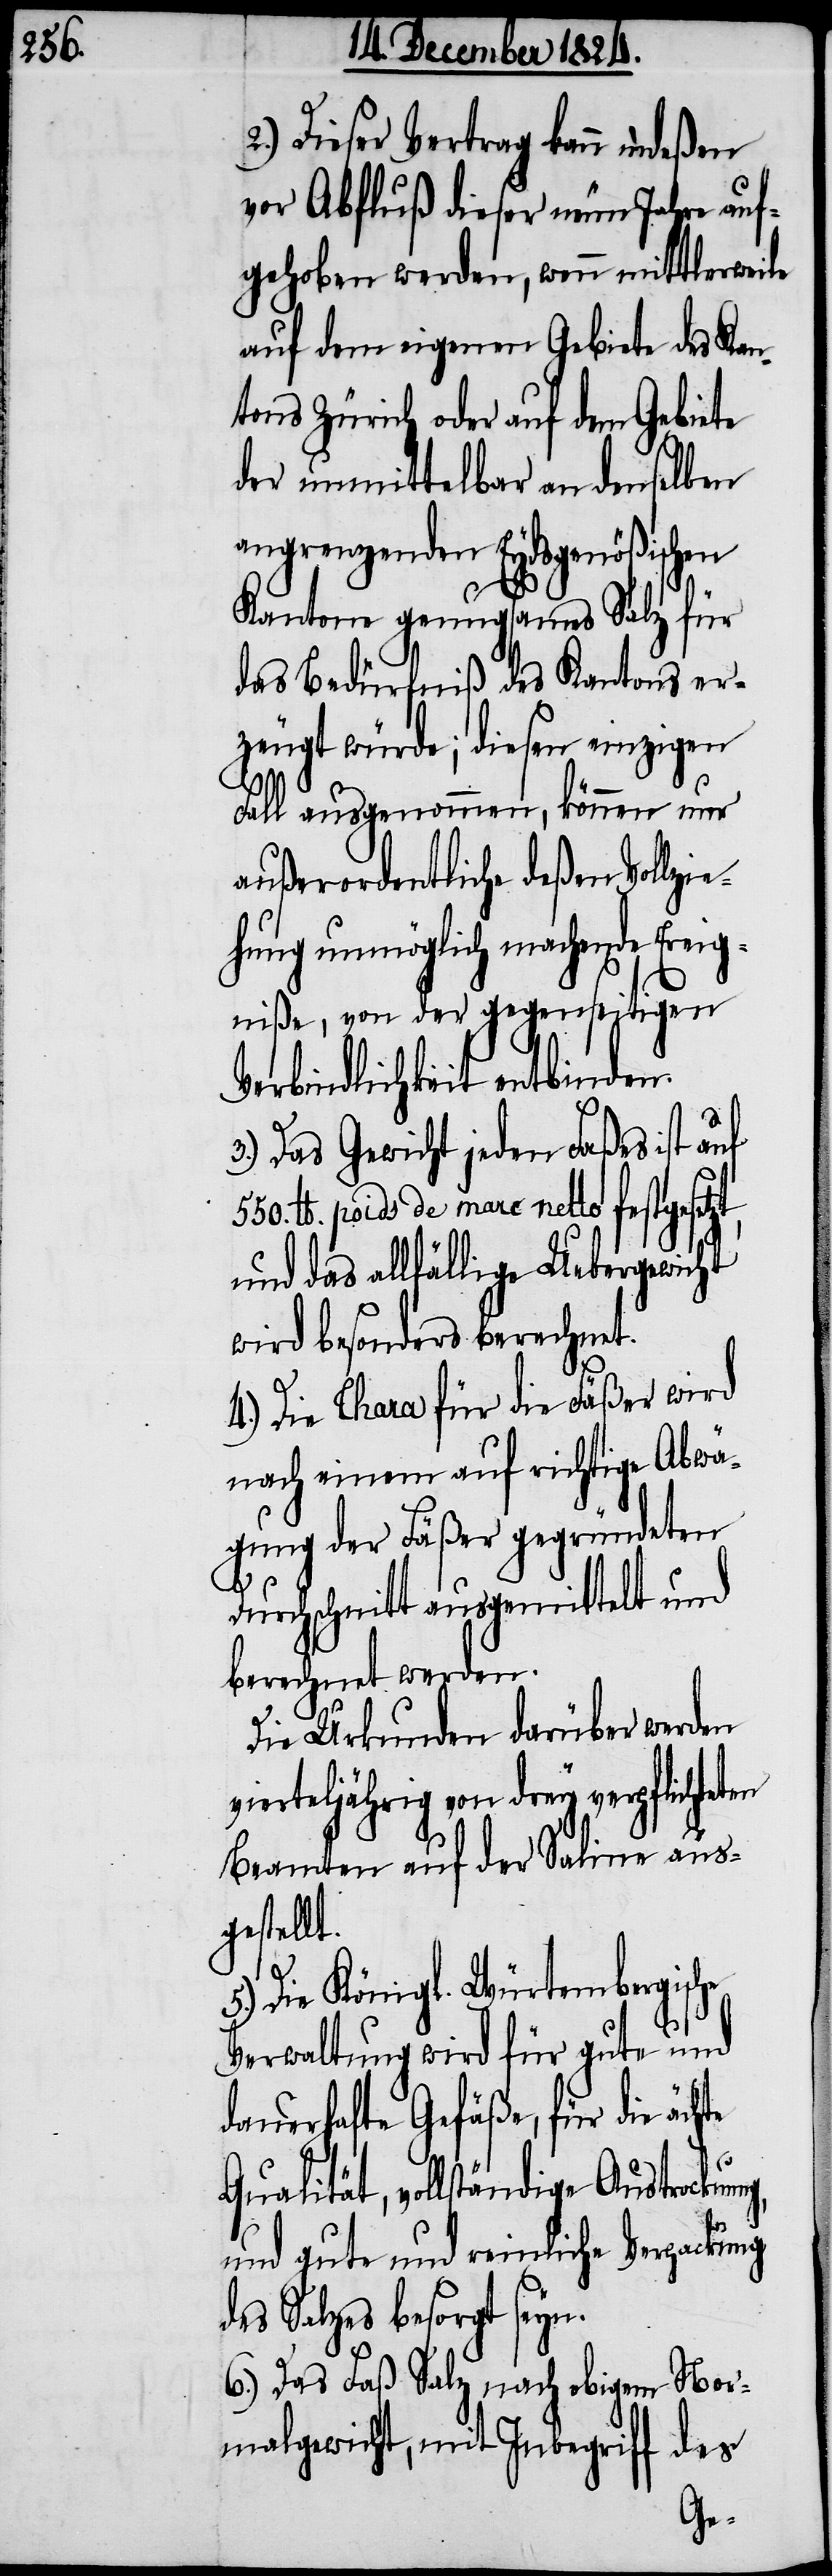
2.) Dieser Vertrag kann indeßen
vor Abfluß dieser neun Jahre auf¬
gehoben werden, wenn mittlerweile
auf dem eigenen Gebiete des Kan¬
tons Zürich oder auf dem Gebiete
der unmittelbar an denselben
angrenzenden Eydsgenößischen
Kantone genugsames Salz für
das Bedürfniß des Kantons er¬
zeugt würde; diesen einzigen
Fall ausgenommen, können nur
außerordentliche deßen Vollzie¬
hung unmöglich machende Ereig¬
niße, von der gegenseitigen
Verbindlichkeit entbinden.
3.) Das Gewicht jeden Faßes ist auf
lb. poids de marc netto festgesetzt,
und das allfällige Uebergewicht
wird besonders berechnet.
4.) Die Chara für die Fäßer wird
nach einem auf richtige Abwä¬
gung der Fäßer gegründeten
Durchschnitt ausgemittelt und
berechnet werden.
Die Urkunden darüber werden
Beamten auf der Saline aus¬
gestellt.
g,
5.) Die Königl. Würtembergische
Verwaltung wird für gute und
dauerhafte Gefäße, für die äch¬
Qualität, vollständige Austrocknun¬
und gute und reinliche Verpackung
des Salzes besorgt seyn.
6.) Das Faß Salz nach obigem Nor¬
malgewicht, mit Inbegriff des